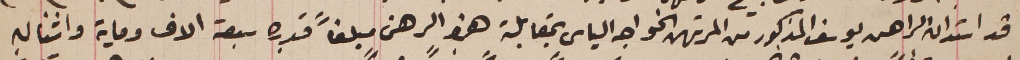
قد استدان الراهن يوسف المذكور من المرتهن الخواجه الياس بمقابلة هذا الرهن مبلغاً قدره سبعة الاف وماية واثنان